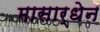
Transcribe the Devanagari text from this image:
मासार्धेन